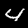
Digit: 4